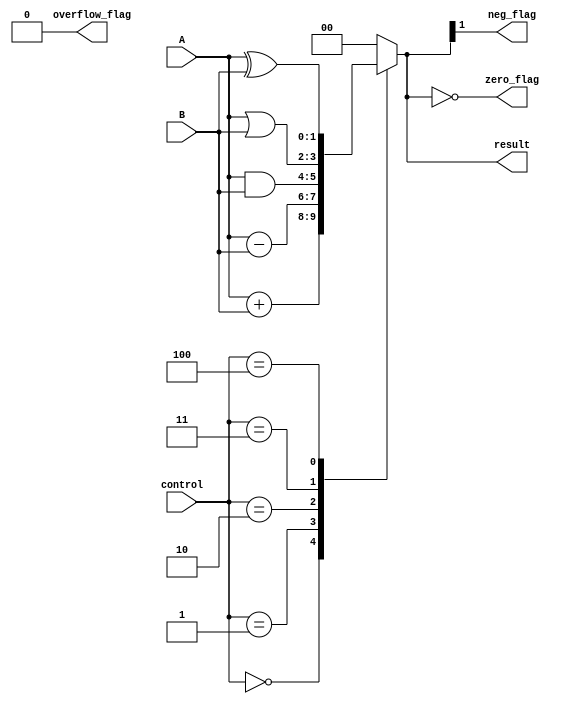
module ALU_1bit (
    input wire [1:0] A,
    input wire [1:0] B,
    input wire [2:0] control,
    output reg [1:0] result,
    output reg zero_flag,
    output reg neg_flag,
    output reg overflow_flag
);

always @(*) begin
    case(control)
        3'b000: result = A + B; // addition
        3'b001: result = A - B; // subtraction
        3'b010: result = A & B; // bitwise AND
        3'b011: result = A | B; // bitwise OR
        3'b100: result = A ^ B; // bitwise XOR
        default: result = 2'b00; // default case
    endcase
end

always @(result) begin
    zero_flag = (result == 2'b00);
    neg_flag = (result[1] == 1);
    overflow_flag = 0; // assuming no overflow for 1-bit ALU
end

endmodule